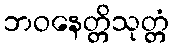
ဘဝနေတ္တိသုတ္တံ